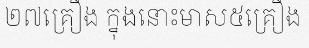
២៧គ្រឿង ក្នុងនោះមាស៥គ្រឿង